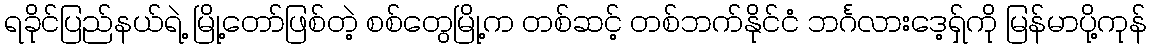
ရခိုင်ပြည်နယ်ရဲ့ မြို့တော်ဖြစ်တဲ့ စစ်တွေမြို့က တစ်ဆင့် တစ်ဘက်နိုင်ငံ ဘင်္ဂလားဒေ့ရှ်ကို မြန်မာပို့ကုန်